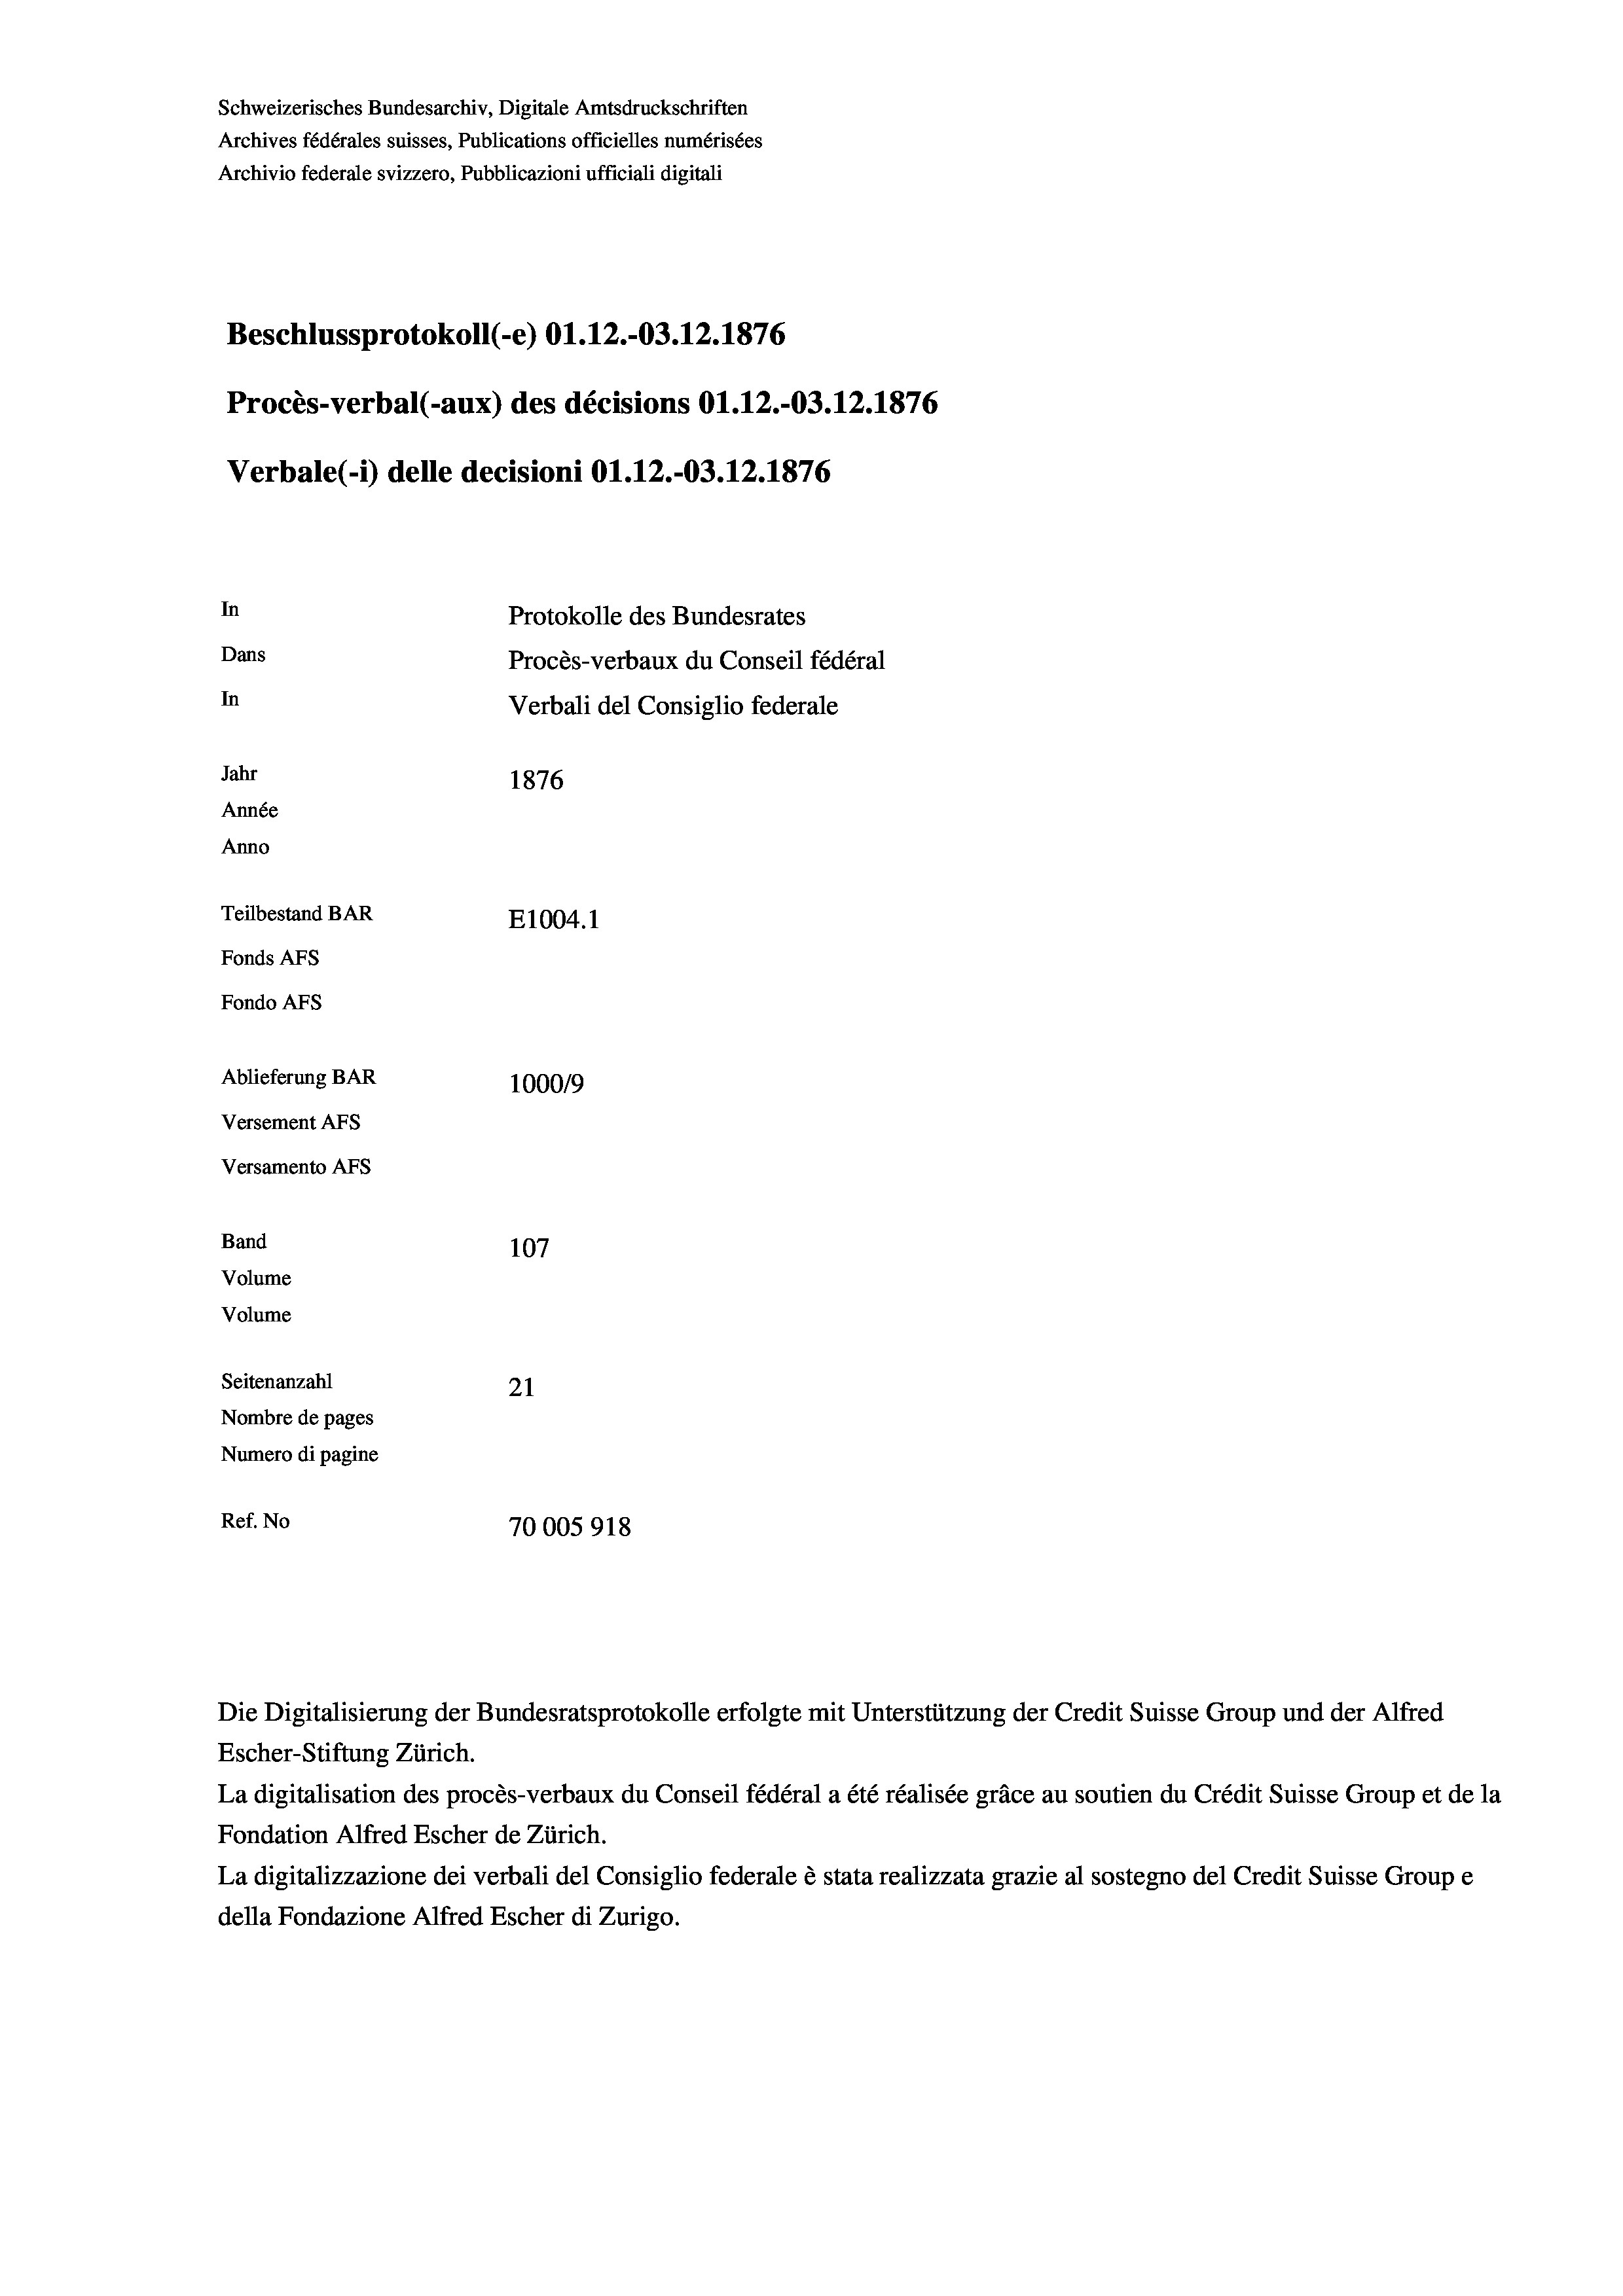
Schweizerisches Bundesarchiv, Digitale Amtsdruckschriften
Archives fédérales suisses, Publications officielles numérisées
Archivio federale svizzero, Pubblicazioni ufficiali digitali
Beschlussprotokoll (-e) O1.12.-03.12.1876
Procès-verbal (-aux) des décisions Ol.12.-03.12.1876
Verbale(*) delle decisioni O1.12.-03.12.1876
In
Protokolle des Bundesrates
Dans
Procès-verbaux du Conseil fédéral
In
Verbali del Consiglio federale
Jahr
1876
Année
Anno
Teilbestand BAR
E1004. 1
Fonds AFs
Fondo AFS
Ablieferung BAR
100019
Versement AFs
Versamento AFs
Band
107
Volume
Volume
Seitenanzahl
21
Nombre de pages
Numero di pagine
Ref. No
70005918

Escher-Stiftung Zürich.
La digitalisation des procès-verbaux du Conseil fédéral a été réalisée gräce au soutien du Crédit Suisse Group et de la
Fondation Alfred Escher de Zürich.
La digitalizzazione dei verbali del Consiglio federale è stata realizzata grazie al sostegno del Credit Suisse Groupe
della Fondazione Alfred Escher di Zurigo.

Die Digitalisierung der Bundesratsprotokolle erfolgte mit Unterstützung der Credit Suisse Group und der Alfred